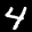
Label: 4